Tezpur Lunatic Asylum reports 1895-1904 - 1895-1904
Year: 1895
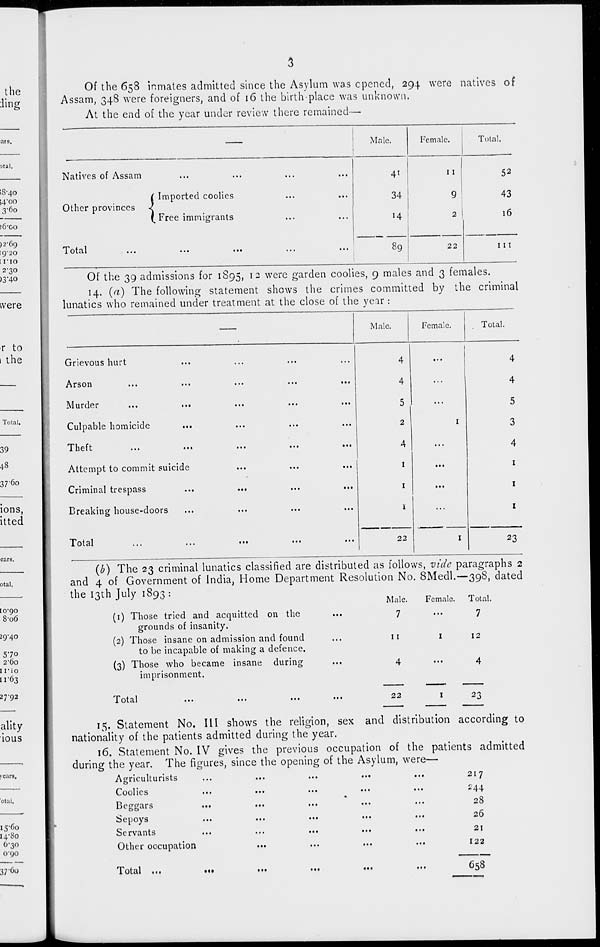
Of the 658 inmates admitted since the Asylum was opened, 294 were natives of
Assam, 348 were foreigners, and of 16 the birth place was unknown.
At the end of the year under review there remained—■
Male.
Female.
Total.
Natives of Assam
( Imported coolies
Other provinces <
( Free immigrants
4*
34
14
I I
9
2
52
43
16
XOLcll
t * •
• • •
•••
•••
•*•
89
22
111
Of the 39 admissions for 1S95, 12 were garden coolies, 9 males and 3 females.
14. (a) The following statement shews the crimes committed by the criminal
lunatics who remained under treatment at the close of the veir:
Male.
Female.
Total.
Grievous hurt
Arson
Murder
Culpable homicide
Theft
Attempt to commit suicide
Criminal trespass
Breaking house-doors
Total
4
4
5
2
4
1
1
1
22
• • •
4
4
...
5
I
3
...
4
t ••
1
• ••
1
...
1
I
23
(b) The 23 criminal lunatics classified are distributed as follows, vide paragraphs 2
and 4 of Government of India, Home Department Resolution No. 8Medl.—398, dated
the 13th July 1893 :
Male.
Female. Total.
(1) Those tried and acquitted on the
grounds of insanity.
(2) Those insane on admission and found
to be incapable of making a defence.
(3) Those who became insane during
imprisonment.
1 otai
...
...
...
11
12
22
23
15. Statement No. Ill shows the religion, sex and distribution according to
nationality of the patients admitted during the year.
16. Statement No. IV gives the previous occupation of the patients admitted
during the year. The figures, since the opening of the Asylum, were—
Agriculturists
...
...
...
•••
...
217
Coolies
...
...
...
...
...
244
Beggars
...
...
...
...
...
28
Sepoys
...
...
...
...
...
26
Servants
...
...
...
...
...
21
Other occupation
...
...
...
...
122
Total ...
•••
...
658